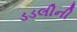
ડડલીની